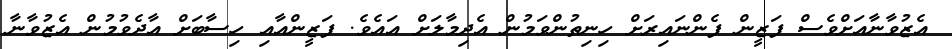
އެޒުވާނާއަށްވެސް ފަޒީން ފެންނައިރަށް ހިނިތުންވަމުން އެދިމާލަށް އައެވެ. ފަޒީންއާއި ހިސާބަށް އާދެވުމުން އެޒުވާނާ